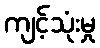
ကျင့်သုံးမှု